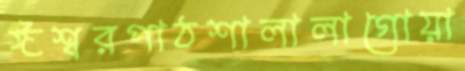
ঈশ্বরপাঠশালালাগোয়া